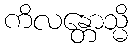
ကိလန္တောသ္မိ